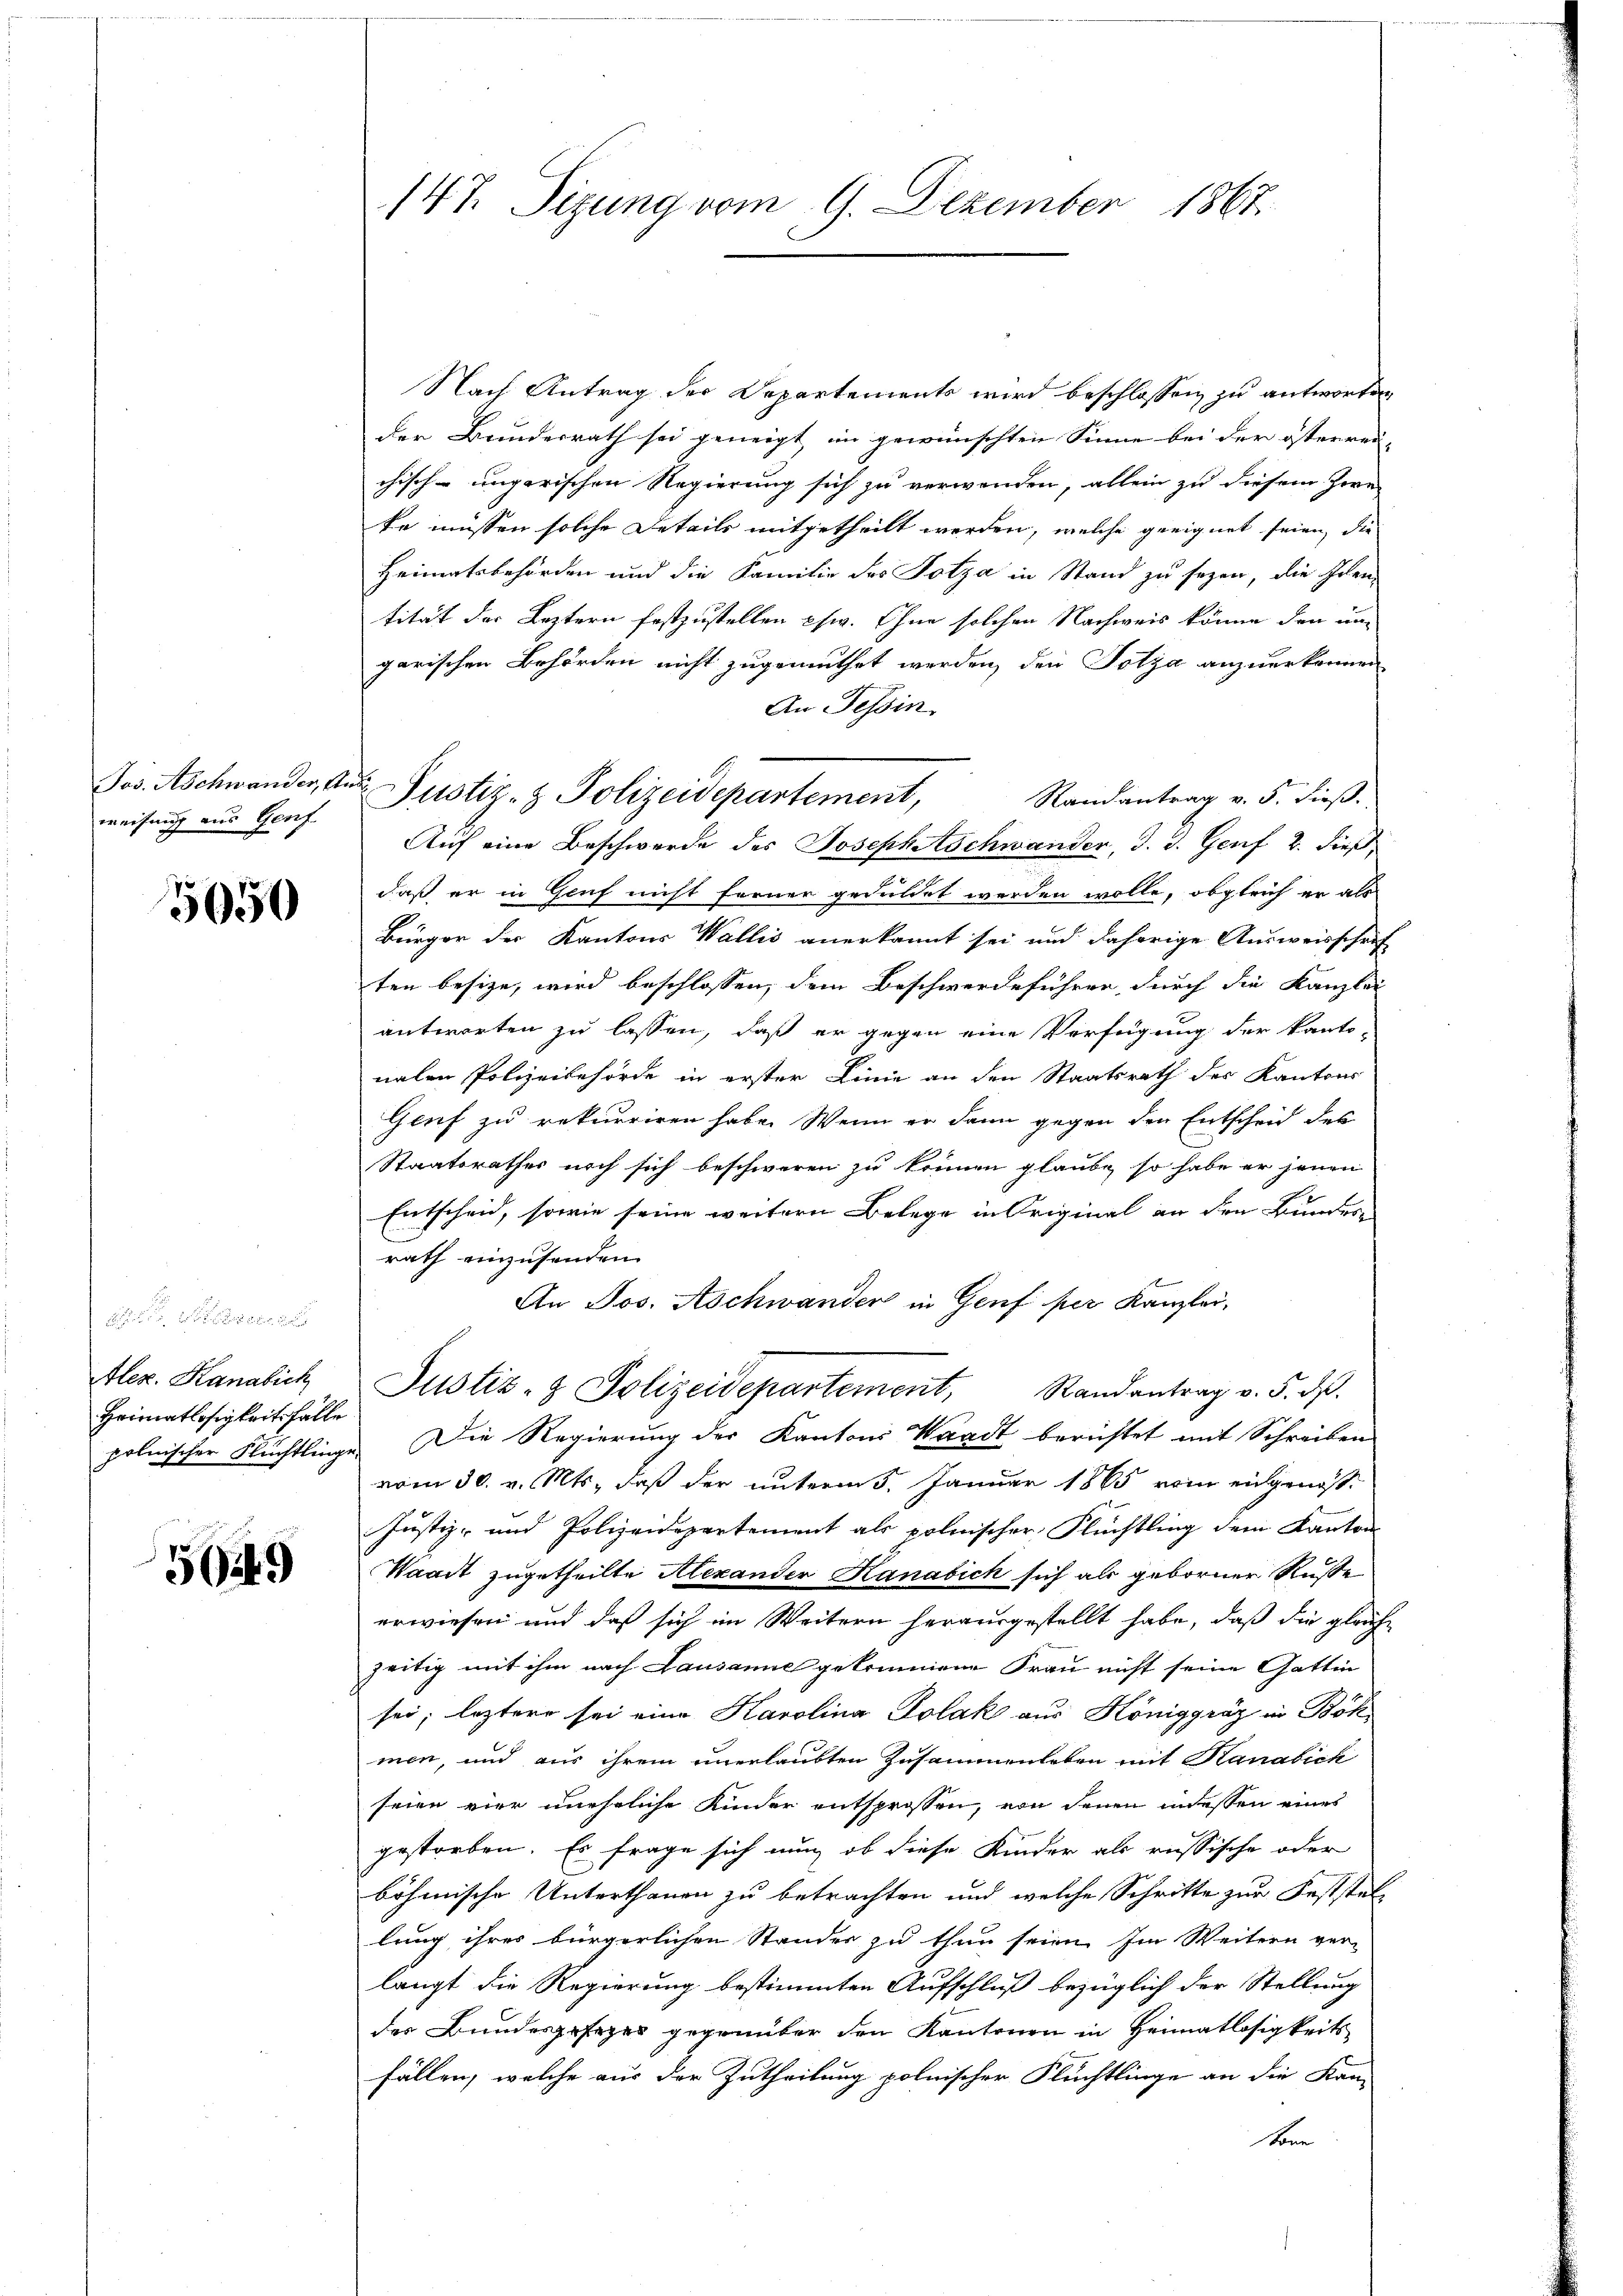
Jos. Aschwander, An
weisung aus Genf

5050

Alez. Kanabich
Heimatlosigkeit Fälle

5949

147. Sizung vom 9. Dezember 1867.

u Justiz- & Polizeidepartement,

Nach Antrag des Departements wird beschlossen zu antworten
der Bundesrath sei geneigt, im gewünschten Sinne bei der österrei-
chisch-ungarischen Regierung sich zu verwenden, allein zu diesem Zwe
ke müssen solche Details mitgetheilt werden, welche geeignet seien, die
Heimatsbehörden und die Familie des Totza in Stand zu sezen, die Schen
tität der Leztern festzustellen chw. Ohne solchen Nachweis könne den um
garischen Behörden nicht zugemuthet werden, den Totza anzuerkennen
An Tessin
Randantrag v. 5. dieß.
Auf eine Beschwerde des Josephischwander, d. d. Genf 2. dieß
daß er in Genf nicht ferner geduldet werden wolle, obgleich er als
Bürger der Kantons Wallis anerkannt sei und daherige Ausweisschrif
ten besize, wird beschlossen, dem Beschwerdeführer durch die Kanzlei
antworten zu lassen, daß er gegen eine Verfügung der kanto-
nalen Polizeibehörde in erster Linie an den Staatsrath des Kantons
Genf zu rekurriren habe. Wenn er dann gegen den Entscheid des
Staatsrathes noch sich beschweren zu können glaube, so habe er jenen
Entscheid, sowie seine weitern Belege in Original an den Bundes-
rath einzusenden
An Jos. Aschwander in Genf per Kanzlei-
Justiz- & Polizeidepartement, Randantrag v. 5. dβ.
polnischer Flüchtlinge. Die Regierung der Kantons Waadt berichtet mit Schreiben
vom 30. v. Mts., daß der unterm 5. Januar 1865 vom eingenos¬
Justiz- und Polizeidepartement als polnischer Flüchtling dem Kanton
Waadt zugetheilte Alexander Kanabich sich als geborner Ruße
erwiesen und daß sich im Weitern herausgestellt habe, daß die gleichzeitig mit ihm nach Lausanne gekommene Frau nicht seine Gattin
sei; leztere sei eine Karolina Dolak aus Königgräz in Böhmen, und aus ihrem unerlaubten Zusammenleben mit Kanalick
seien vier uneheliche Kinder entsprossen, von denen indessen eines
gestorben. Es frage sich nun, ob diese Kinder als russische oder
böhmische Unterthanen zu betrachten und welche Schritte zur Feststellung ihres bürgerlichen Standes zu thun seien. Im Weitern ver-
langt die Regierung bestimmten Aufschluß bezüglich der Stellung
der Bundesgesezes gegenüber den Kantonen in Heimatlosigkeits
fällen, welche aus der Zutheilung polnischer Flüchtlinge an die Kan-
Sonn